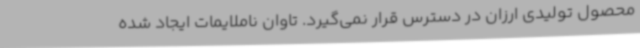
محصول تولیدی ارزان در دسترس قرار نمی‌گیرد. تاوان ناملایمات ایجاد شده